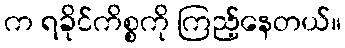
က ရခိုင်ကိစ္စကို ကြည့်နေတယ်။